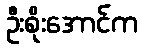
ဦးစိုးအောင်က